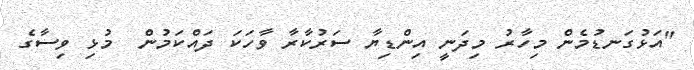
"އަޅުގަނޑުމެން މިހާރު މިދަނީ އިންޑިޔާ ސަރުކާރާ ވާހަކަ ދައްކަމުން  މުޅި ވިސާގެ